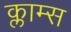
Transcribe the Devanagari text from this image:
क्लाम्स